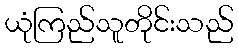
ယုံကြည်သူတိုင်းသည်